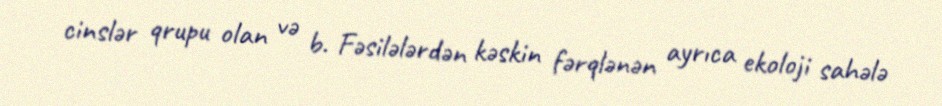
cinslər qrupu olan və b. Fəsilələrdən kəskin fərqlənən ayrıca ekoloji sahələ